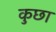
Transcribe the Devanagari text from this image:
कुछा